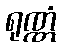
ရုဏ္ဏံ